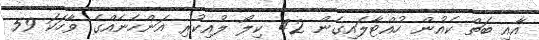
އާއި ބަތް ކެއުން ހުއްޓާލައިގެން 42 ކިލޯ ލުއިކުރި އަންހެނެއްގެ ވާހަކަ 59